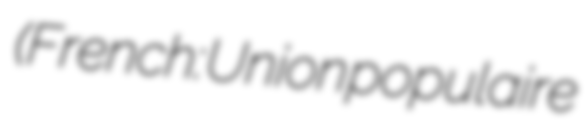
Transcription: (French: Union populaire